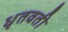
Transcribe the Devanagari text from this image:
धृतवती